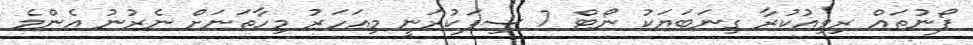
ފޯނުތައް ރިވިއުކުރާ ގިނަބަޔަކު ނޯޓް 7 ސިފަކުރަނީ މިއަހަރު މިހާތަނަށް ނެރުނު އެންމެ